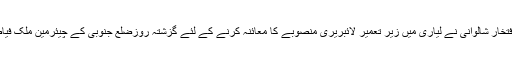
اس حوالےسےکمشنر کراچی افتخار شالوانی نے لیاری میں زیر تعمیر لائبریری منصوبے کا معائنہ کرنے کے لئے گزشتہ روزضلع جنوبی کے چیئرمین ملک فیاض اعوان کے ہمراہ دورہ کیا ۔